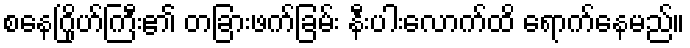
စနေဂြိုဟ်ကြီး၏ တခြားဖက်ခြမ်း နီးပါးလောက်ထိ ရောက်နေမည်။